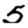
Digit: 5